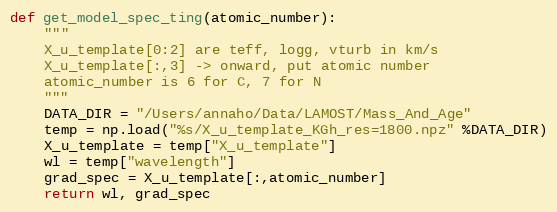
Language: Python
def get_model_spec_ting(atomic_number):
    """
    X_u_template[0:2] are teff, logg, vturb in km/s
    X_u_template[:,3] -> onward, put atomic number
    atomic_number is 6 for C, 7 for N
    """
    DATA_DIR = "/Users/annaho/Data/LAMOST/Mass_And_Age"
    temp = np.load("%s/X_u_template_KGh_res=1800.npz" %DATA_DIR)
    X_u_template = temp["X_u_template"]
    wl = temp["wavelength"]
    grad_spec = X_u_template[:,atomic_number]
    return wl, grad_spec